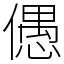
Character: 𠏋